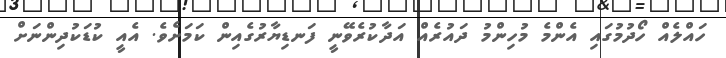
ހައްލެއް ހޯދުމުގައި އެންމެ މުހިންމު ދައުރެއް އަދާކުރެވޭނީ ފަނޑިޔާރުގެއިން ކަމަށެވެ. އެއީ ކުޑަކުދިންނަށް